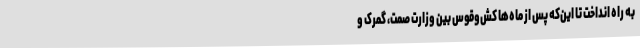
به راه انداخت تا این‌که پس از ماه‌ها کش‌وقوس بین وزارت صمت، گمرک و